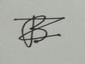
Signature authenticity: forged